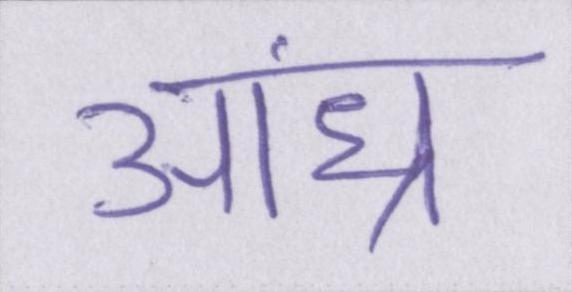
आंध्र